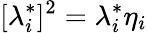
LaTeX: [\lambda_{i}^{*}]^{2}=\lambda_{i}^{*}\eta_{i}